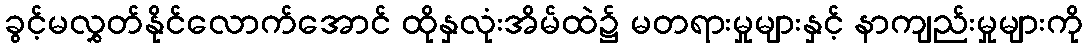
ခွင့်မလွှတ်နိုင်လောက်အောင် ထိုနှလုံးအိမ်ထဲ၌ မတရားမှုများနှင့် နာကျည်းမှုများကို